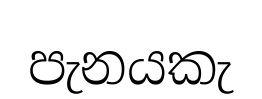
පැනයකැ